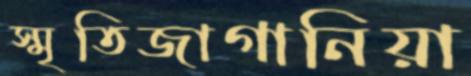
স্মৃতিজাগানিয়া